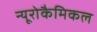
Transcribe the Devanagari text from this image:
न्यूरोकैमिकल